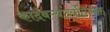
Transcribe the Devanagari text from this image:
कादंबऱ्यांव्यतिरिक्त